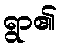
ရွာ၏